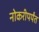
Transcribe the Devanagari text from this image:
नोकरीपर्यंत